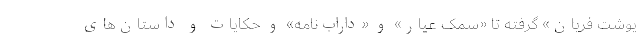
یوشتِ فریان» گرفته تا «سمک عیار» و «داراب‌نامه» و حکایات‌ و داستان‌های